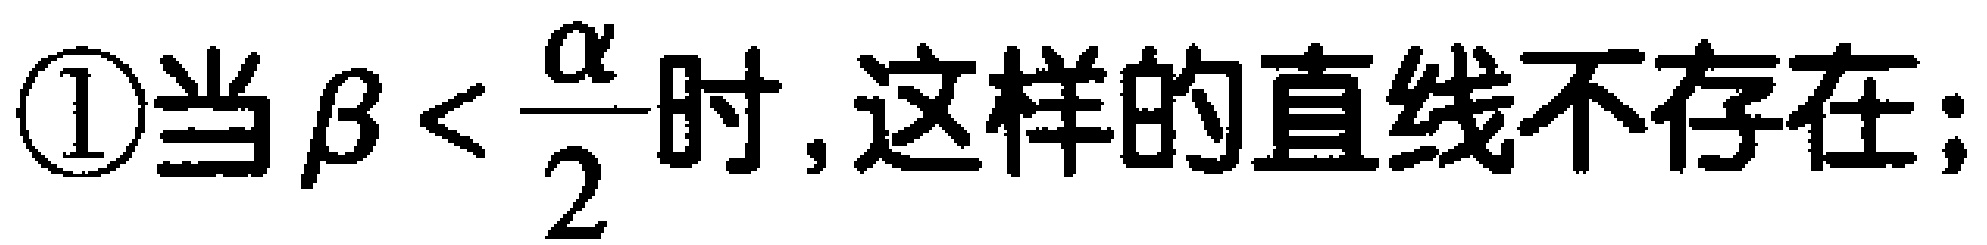
\textcircled{1}当\(\beta < \frac{\alpha}{2}\)时,这样的直线不存在;